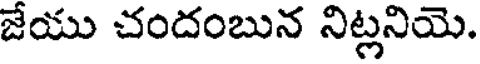
జేయు చందంబున నిట్లనియె.